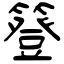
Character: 簦